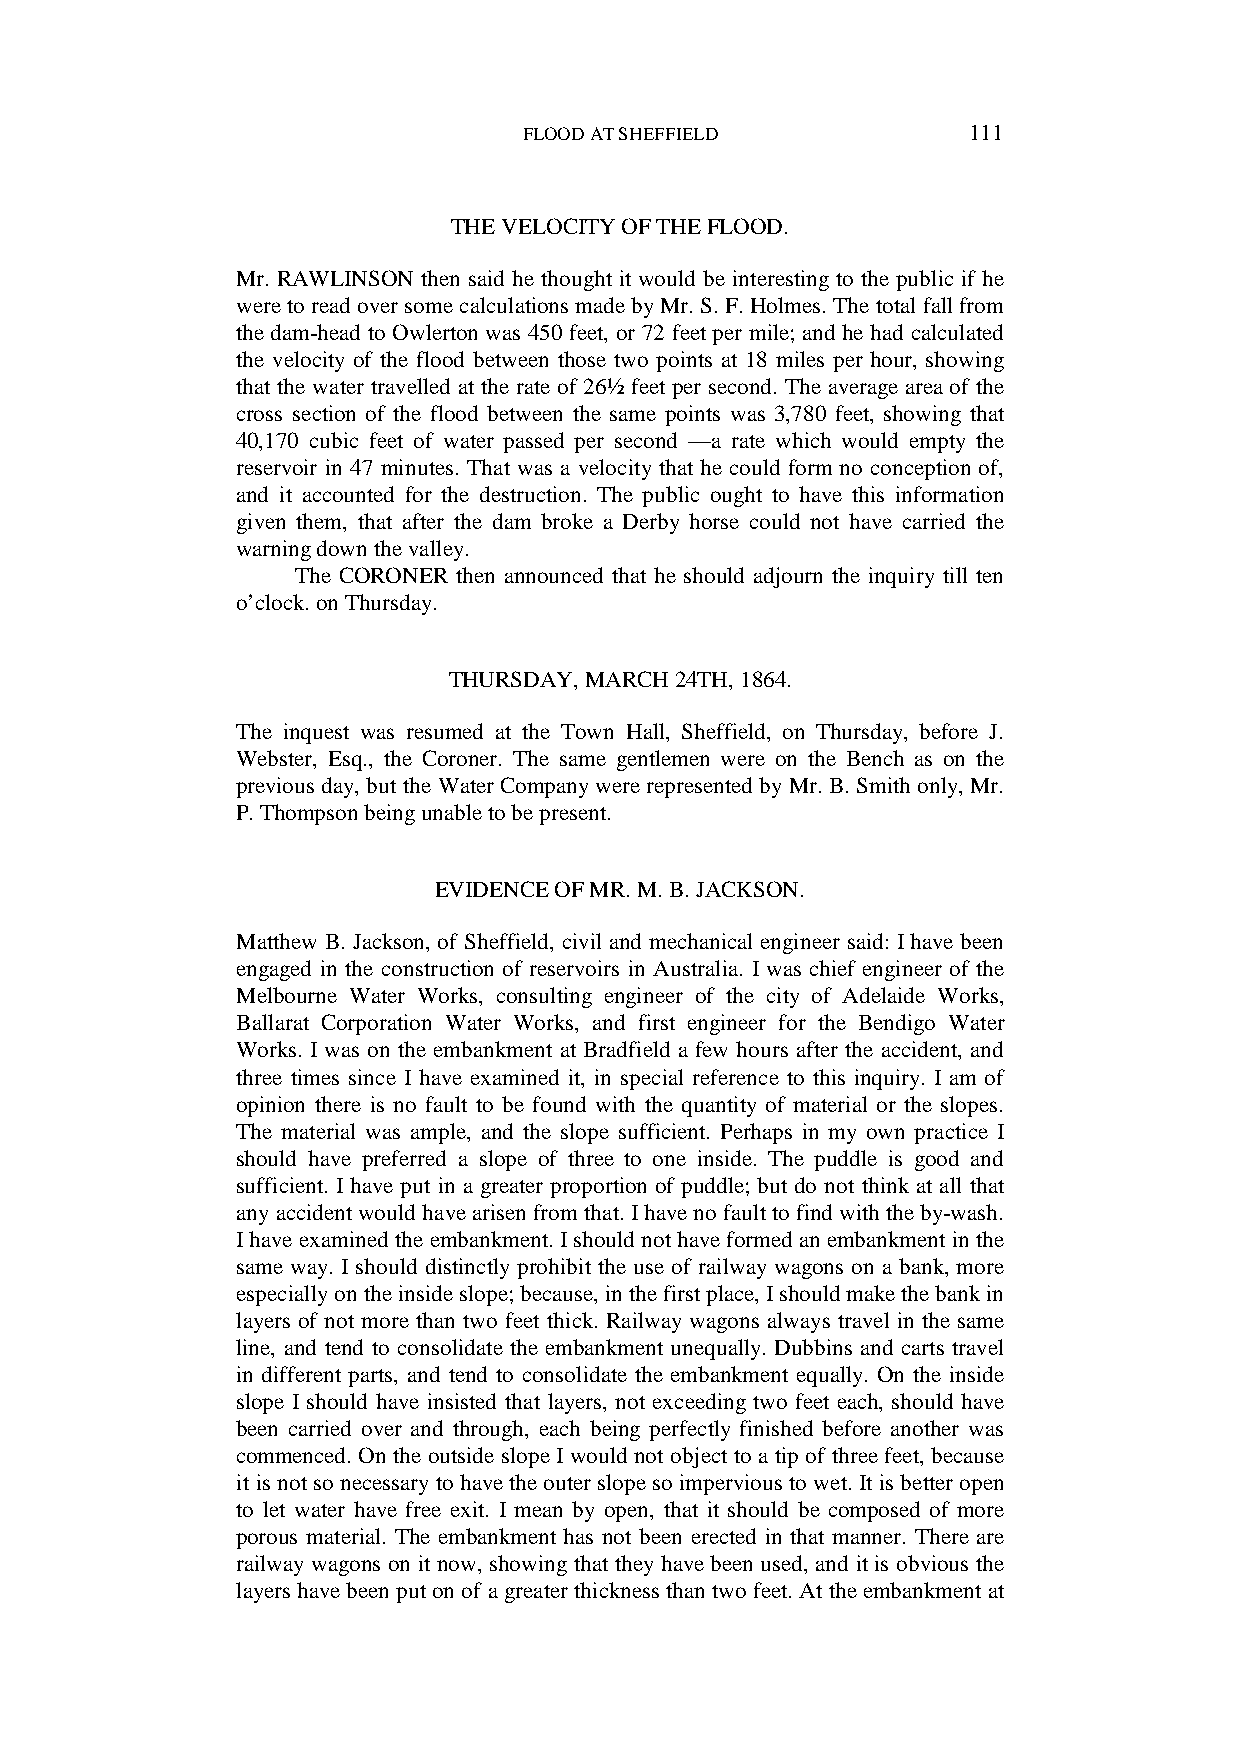
FLOOD AT SHEFFIELD           111
 THE VELOCITY OF THE FLOOD.
 Mr. RAWLINSON then said he thought it would be interesting to the public if he
 were to read over some calculations made by Mr. S. F. Holmes. The total fall from
 the dam-head to Owlerton was 450 feet, or 72 feet per mile; and he had calculated
 the velocity of the flood between those two points at 18 miles per hour, showing
 that the water travelled at the rate of 26½ feet per second. The average area of the
 cross section of the flood between the same points was 3,780 feet, showing that
 40,170 cubic feet of water passed per second —a rate which would empty the
 reservoir in 47 minutes. That was a velocity that he could form no conception of,
 and it accounted for the destruction. The public ought to have this information
 given them, that after the dam broke a Derby horse could not have carried the
 warning down the valley.
 The CORONER then announced that he should adjourn the inquiry till ten
 o’clock. on Thursday.
 THURSDAY, MARCH 24TH, 1864.
 The inquest was resumed at the Town Hall, Sheffield, on Thursday, before J.
 Webster, Esq., the Coroner. The same gentlemen were on the Bench as on the
 previous day, but the Water Company were represented by Mr. B. Smith only, Mr.
 P. Thompson being unable to be present.
 EVIDENCE OF MR. M. B. JACKSON.
 Matthew B. Jackson, of Sheffield, civil and mechanical engineer said: I have been
 engaged in the construction of reservoirs in Australia. I was chief engineer of the
 Melbourne Water Works, consulting engineer of the city of Adelaide Works,
 Ballarat Corporation Water Works, and first engineer for the Bendigo Water
 Works. I was on the embankment at Bradfield a few hours after the accident, and
 three times since I have examined it, in special reference to this inquiry. I am of
 opinion there is no fault to be found with the quantity of material or the slopes.
 The material was ample, and the slope sufficient. Perhaps in my own practice I
 should have preferred a slope of three to one inside. The puddle is good and
 sufficient. I have put in a greater proportion of puddle; but do not think at all that
 any accident would have arisen from that. I have no fault to find with the by-wash.
 I have examined the embankment. I should not have formed an embankment in the
 same way. I should distinctly prohibit the use of railway wagons on a bank, more
 especially on the inside slope; because, in the first place, I should make the bank in
 layers of not more than two feet thick. Railway wagons always travel in the same
 line, and tend to consolidate the embankment unequally. Dubbins and carts travel
 in different parts, and tend to consolidate the embankment equally. On the inside
 slope I should have insisted that layers, not exceeding two feet each, should have
 been carried over and through, each being perfectly finished before another was
 commenced. On the outside slope I would not object to a tip of three feet, because
 it is not so necessary to have the outer slope so impervious to wet. It is better open
 to let water have free exit. I mean by open, that it should be composed of more
 porous material. The embankment has not been erected in that manner. There are
 railway wagons on it now, showing that they have been used, and it is obvious the
 layers have been put on of a greater thickness than two feet. At the embankment at